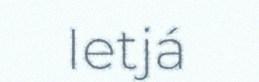
Ietjá